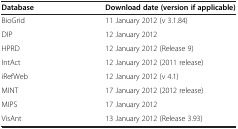
| Database | Download date (version if applicable) |
 | --- | --- |
 | BioGrid | 11 January 2012 (v 3.1.84) |
 | DIP | 12 January 2012 |
 | HPRD | 12 January 2012 (Release 9) |
 | IntAct | 12 January 2012 (2011 release) |
 | iRefWeb | 12 January 2012 (v 4.1) |
 | MINT | 17 January 2012 (2012 release) |
 | MIPS | 17 January 2012 |
 | VisAnt | 13 January 2012 (Release 3.93) |